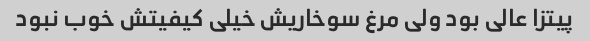
پیتزا عالی بود ولی مرغ سوخاریش خیلی کیفیتش خوب نبود